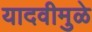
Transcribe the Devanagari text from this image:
यादवीमुळे